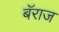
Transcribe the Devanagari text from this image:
बॅराज